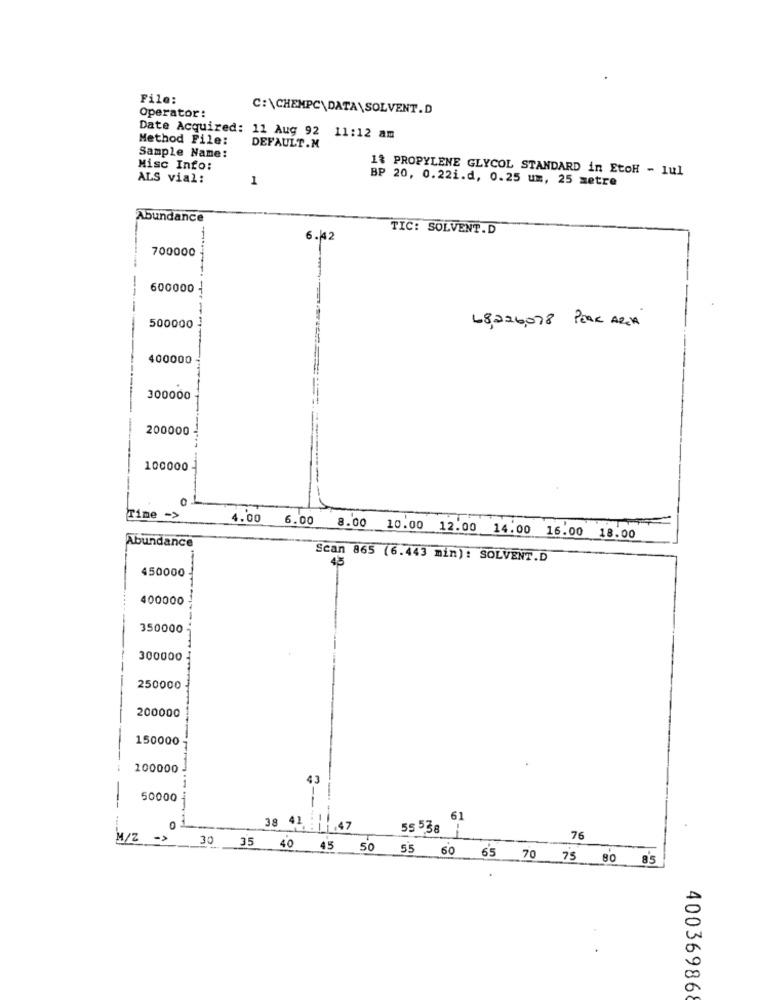
File:
C:\CHEMPC\DATA\SOLVENT.D
Operator:
Method File:
Date Acquired: 11 Aug 92 11:12 am
DEFAULT.M
Sample Name:
Misc Info:
13 PROPYLENE GLYCOL STANDARD in EtoH - lul
ALS vial:
1
BP 20, 0.22i.d, 0.25 um, 25 metre
Abundance
TIC: SOLVENT.D
6.42
700000
600000
---
500000
68,226,078 PERC AREA
400000
300000
200000
100000
0
Time ->
4.00
6.00 8.00 10.00 12.00 14.00 16.00 18.00
Abundance
Scan 865 (6.443 min): SOLVENT.D
45
450000
400000
350000
300000
250000
200000
150000
100000
43
50000
--
61
O
38 41 :1
l .47
55 5,38
M/2 ->
76
30 35 40 45 50 55 60 65 70 75 80 85
400369868